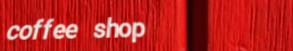
coffee shop